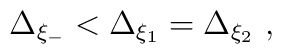
\Delta_{\xi_-} < \Delta_{\xi_1}=\Delta_{\xi_2}~,